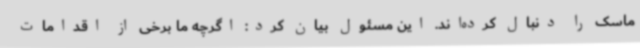
ماسک را دنبال کرده‌اند. این مسئول بیان کرد: اگرچه ما برخی از اقدامات